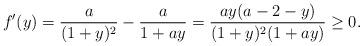
LaTeX: \begin{align*}f'(y) = \frac{a}{(1+y)^2}-\frac{a}{1+ay} = \frac{ay(a-2-y)}{(1+y)^2(1+ay)} \geq 0.\end{align*}